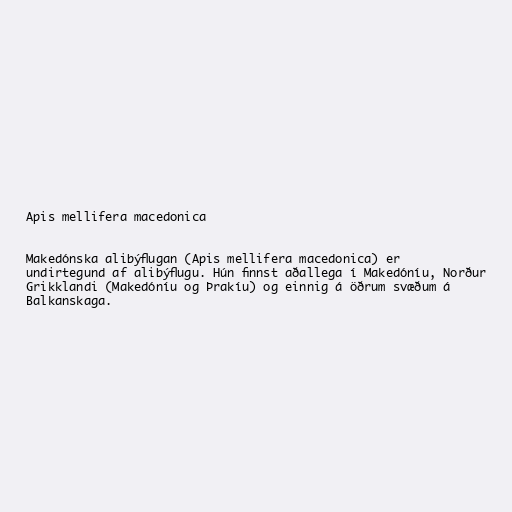
Apis mellifera macedonica

Makedónska alibýflugan (Apis mellifera macedonica) er
undirtegund af alibýflugu. Hún finnst aðallega í Makedóníu, Norður
Grikklandi (Makedóníu og Þrakíu) og einnig á öðrum svæðum á
Balkanskaga.